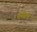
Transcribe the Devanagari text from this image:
रूसेल